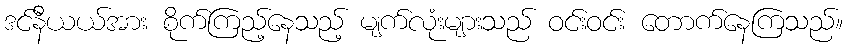
ဒင်နီယယ်အား စိုက်ကြည့်နေသည့် မျက်လုံးများသည် ဝင်းဝင်း တောက်နေကြသည်။